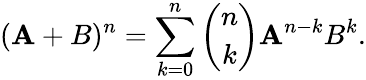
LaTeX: (\mathbf{A}+B)^{n}=\sum_{k=0}^{n}\binom{n}{k}\mathbf{A}^{n-k}B^{k}.